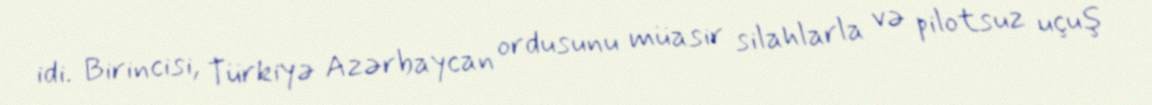
idi. Birincisi, Türkiyə Azərbaycan ordusunu müasir silahlarla və pilotsuz uçuş